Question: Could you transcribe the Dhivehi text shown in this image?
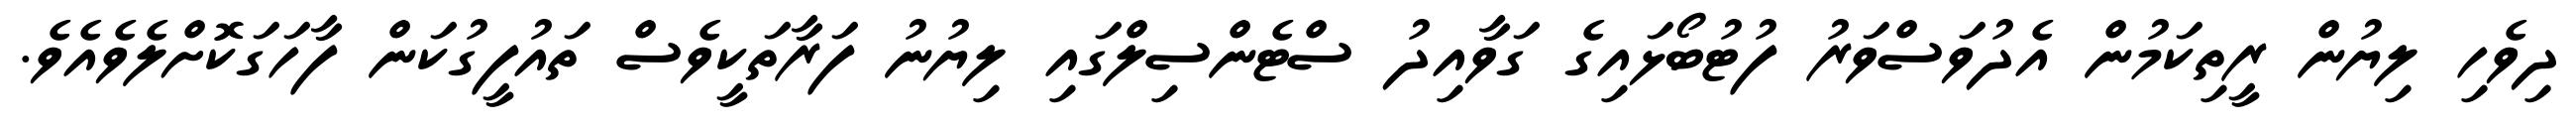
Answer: ދިވެހި ލިޔުން ރީތިކަމުން އެދުވަސްވަރު ފުޓުބޯޅައިގެ ގަވާއިދު ސްޓެންސިލްގައި ލިޔުނު ފަރާތަކީވެސް ތައުފީގުކަން ފާހަގަކޮށްލެވެއެވެ.